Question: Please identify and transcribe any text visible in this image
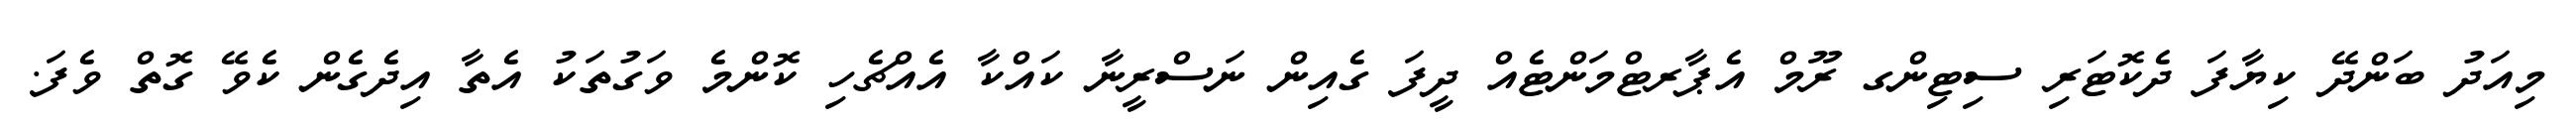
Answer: މިއަދު ބަންދޭ ކިޔާފަ ދެކޮޓަރި ސިޓިންގ ރޫމް އެޕާރޓްމަންޓެއް ދީފަ ގެއިން ނަސްރީނާ ކައްކާ އެއްޗެހި ކޮންމެ ވަގުތަކު އެތާ އިދެގެން ކެވޭ ގޮތް ވެފަ.